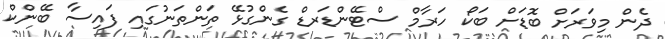
ދެން މިވަރަށް ބޮޑަށް ބަކޯ ހަރާމް ސްޓޭންޑަރޑް ގެންގުޅޭ ތަންތަނުގައި ފައިސާ ބޭންކް